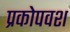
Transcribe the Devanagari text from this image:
प्रकोपवश